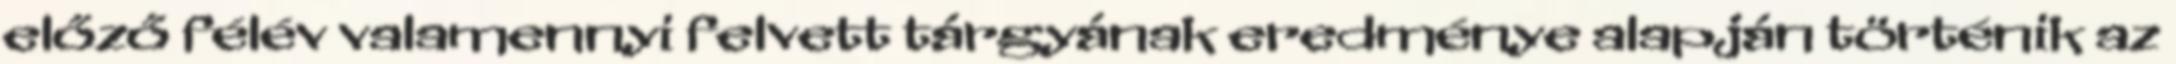
előző félév valamennyi felvett tárgyának eredménye alapján történik az